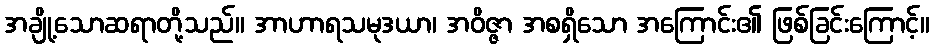
အချို့သောဆရာတို့သည်။ အာဟာရသမုဒယာ၊ အဝိဇ္ဇာ အစရှိသော အကြောင်း၏ ဖြစ်ခြင်းကြောင့်။